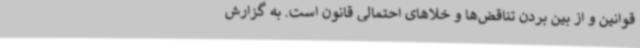
قوانین و از بین بردن تناقض‌ها و خلاهای احتمالی قانون است. به گزارش